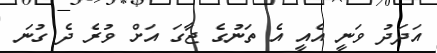
އަދަދު ވަނީ އެއީ އެ ތަނުގެ ޖާގަ އަށް ވުރެ ދެ ގުނަ